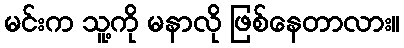
မင်းက သူ့ကို မနာလို ဖြစ်နေတာလား။